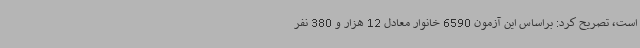
است، تصریح کرد: براساس این آزمون 6590 خانوار معادل 12 هزار و 380 نفر